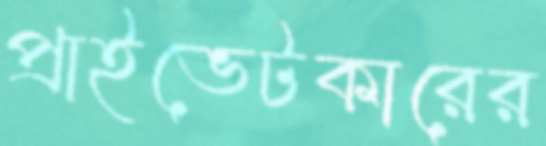
প্রাইভেটকারের